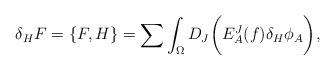
\begin{align*}\delta_H F=\{ F,H \} =\sum\int_{\Omega}D_J\biggl( E^J_A(f)\delta_H\phi_A\biggr) ,\end{align*}